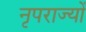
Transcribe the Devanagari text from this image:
नृपराज्यों